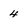
Character: 4